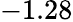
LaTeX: -1.28